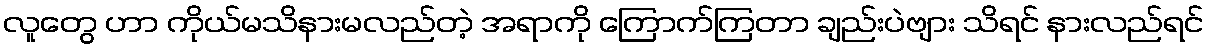
လူတွေ ဟာ ကိုယ်မသိနားမလည်တဲ့ အရာကို ကြောက်ကြတာ ချည်းပဲဗျား သိရင် နားလည်ရင်